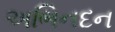
અભિનદન